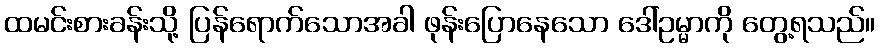
ထမင်းစားခန်းသို့ ပြန်ရောက်သောအခါ ဖုန်းပြောနေသော ဒေါ်ဥမ္မာကို တွေ့ရသည်။